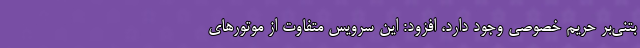
بتنی‌بر حریم خصوصی وجود دارد، افزود: این سرویس متفاوت از موتورهای